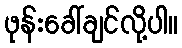
ဖုန်းခေါ်ချင်လို့ပါ။